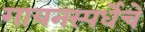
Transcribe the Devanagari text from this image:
गायनस्पर्धेचे